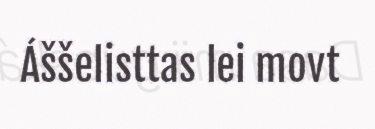
Áššelisttas lei movt